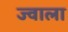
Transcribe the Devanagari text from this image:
ज्‍वाला